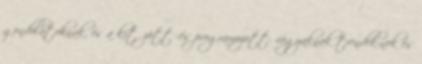
gondolatoknak, és a kitűzött -és programozott- vágyaknak trendek-nek és